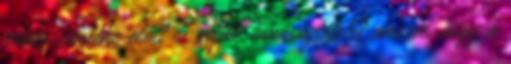
rebbe, emléke előtt és adjuk tanúságtételét annak, hogy a